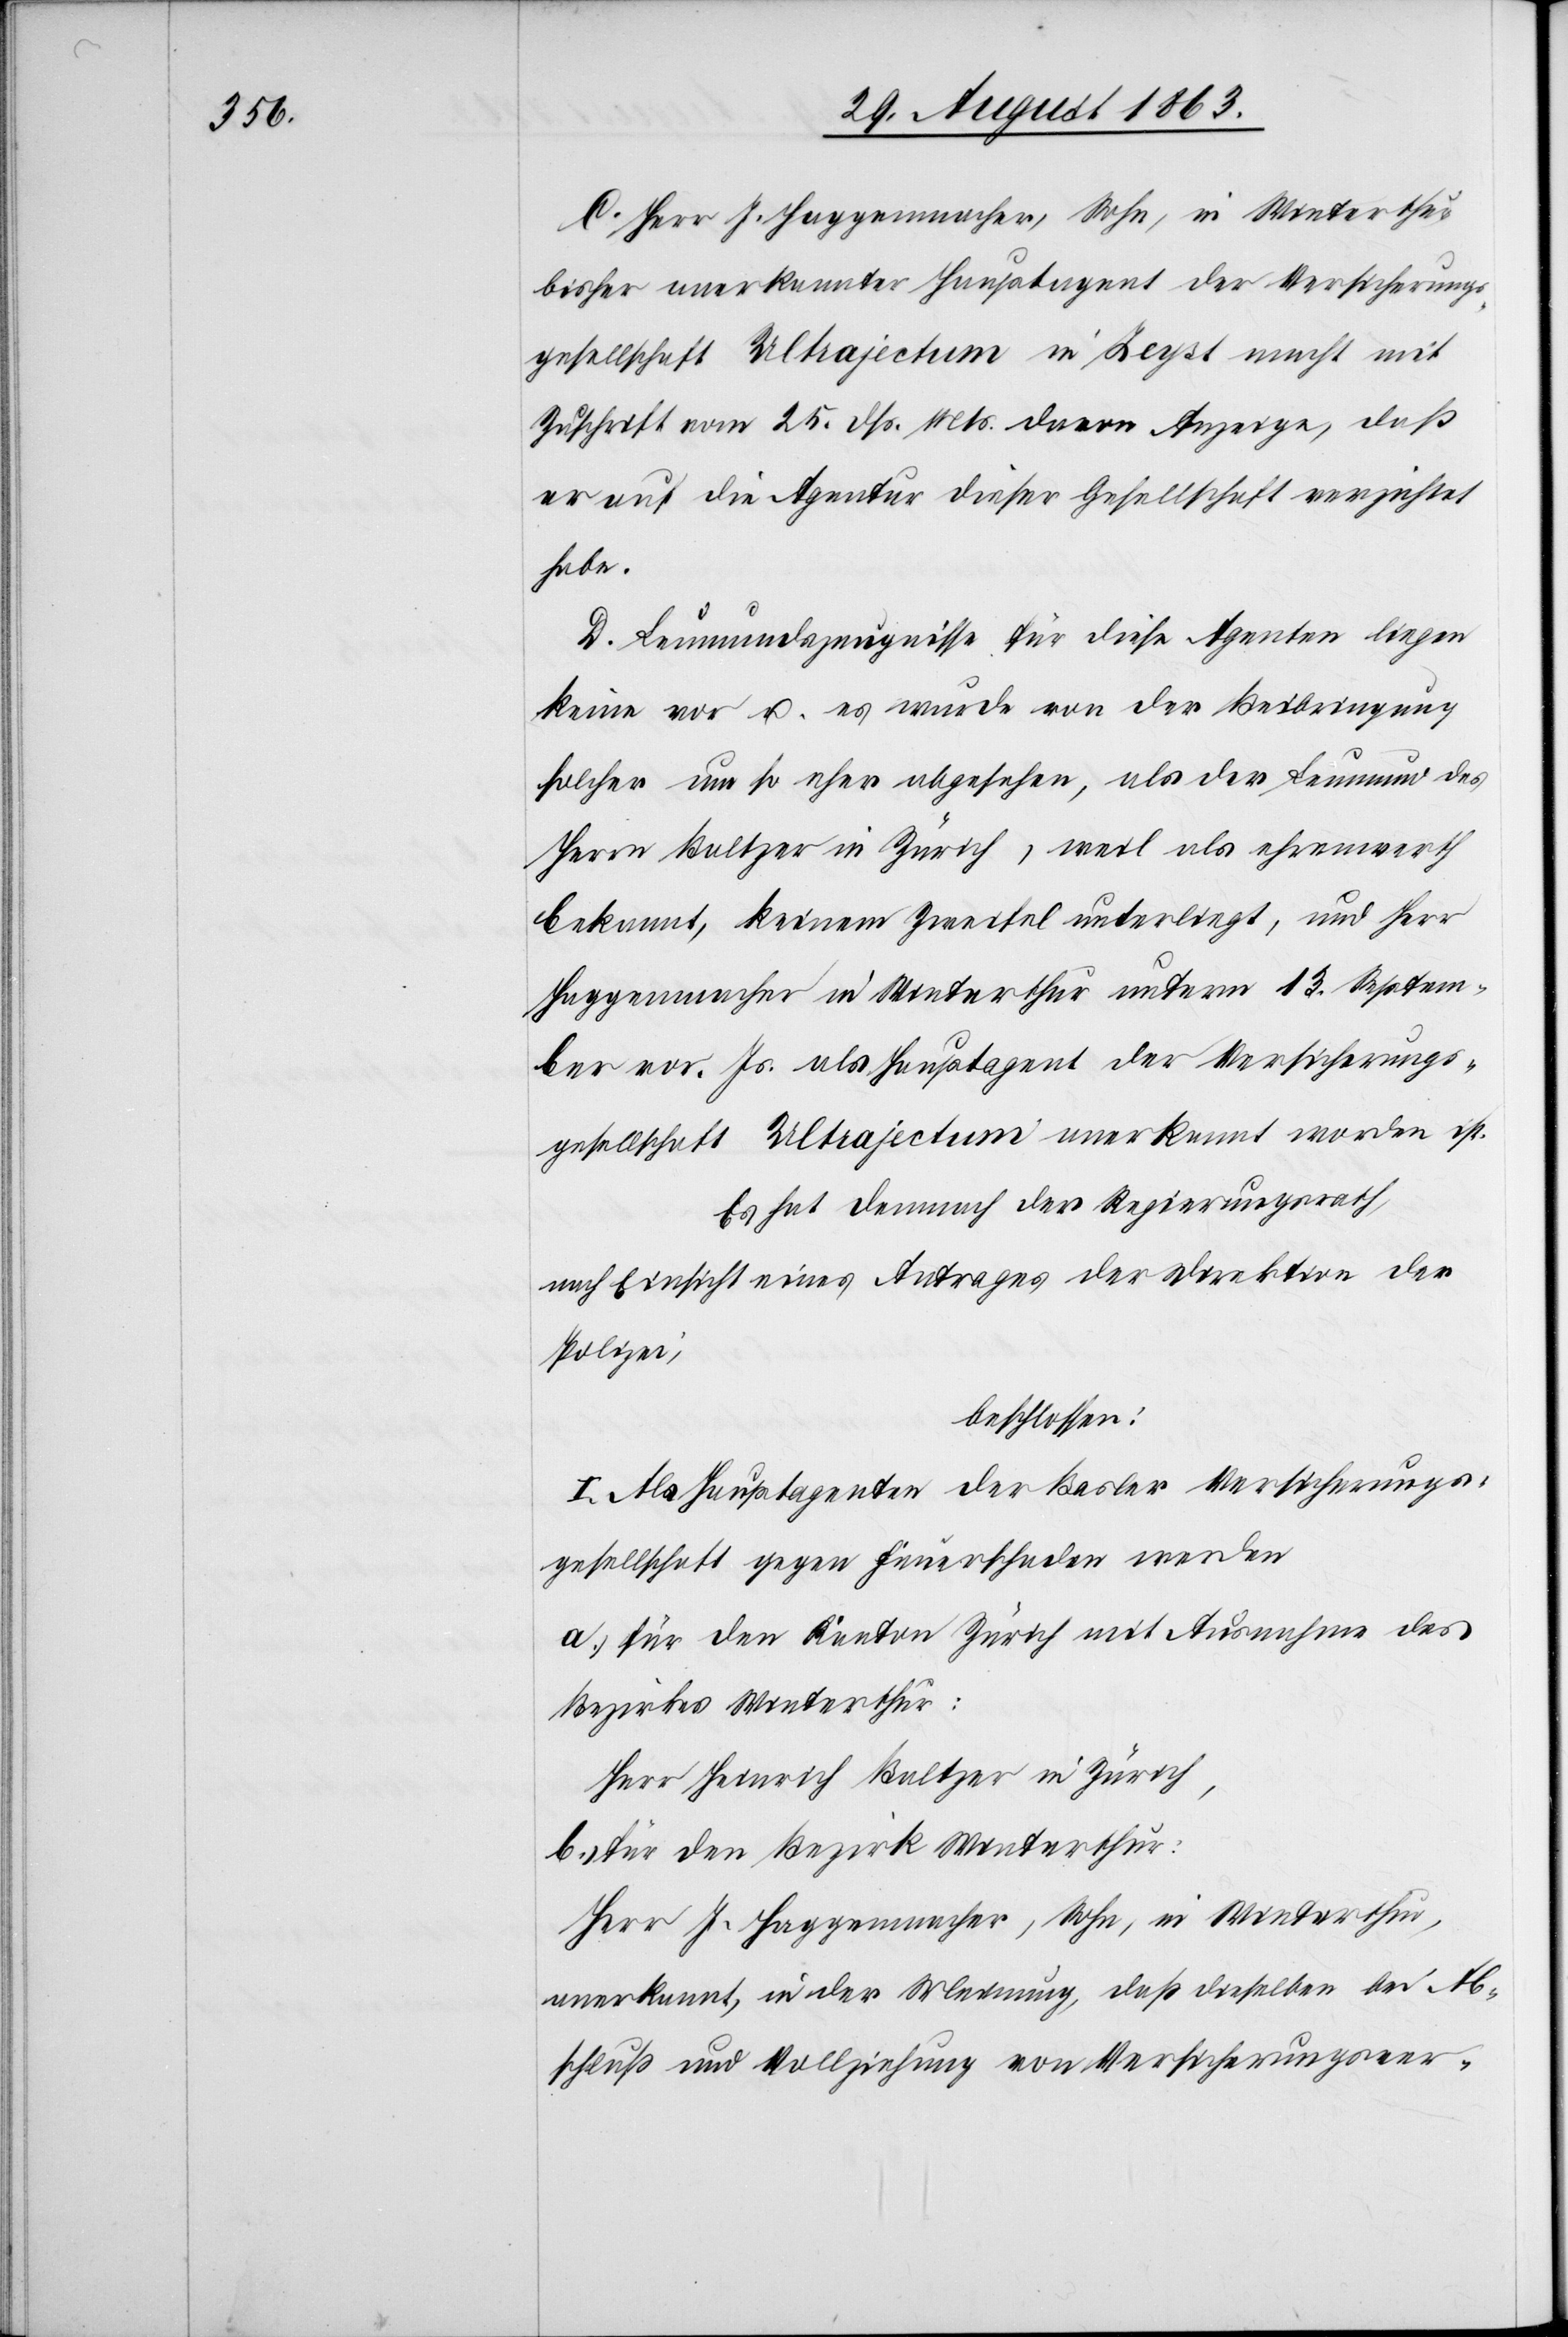
bisher anerkannter Hauptagent der Versicherungs¬
gesellschaft Ultrajectum in Zeyst macht mit
Zuschrift vom 25. dß. Mts. davon Anzeige, daß
er auf die Agentur dieser Gesellschaft verzichtet
habe.
D. Leumundszeugnisse für diese Agenten liegen
keine vor u. es wurde von der Beibringung
solcher um so eher abgesehen, als der Leumund des
Herrn Baltzer in Zürich, weil als ehrenwerth
bekannt, keinem Zweifel unterliegt, und Herr
Haggenmacher in Winterthur unterm 13. Septem¬
ber vor. Js. als Hauptagent der Versicherungs¬
gesellschaft Ultrajectum anerkannt worden ist.
Es hat demnach der Regierungsrath,
nach Einsicht eines Antrages der Direktion der
Polizei,
beschlossen:
I. Als Hauptagenten der Basler Versicherungs¬
gesellschaft gegen Feuerschaden werden
a.) für den Kanton Zürich mit Ausnahme des
Bezirkes Winterthur:
Herr Heinrich Baltzer in Zürich,
b.) für den Bezirk Winterthur:
Herr J. Haggenmacher, Sohn, in Winterthur,
anerkannt, in der Meinung, daß dieselben bei Ab¬
schluß und Vollziehung von Versicherungsver-